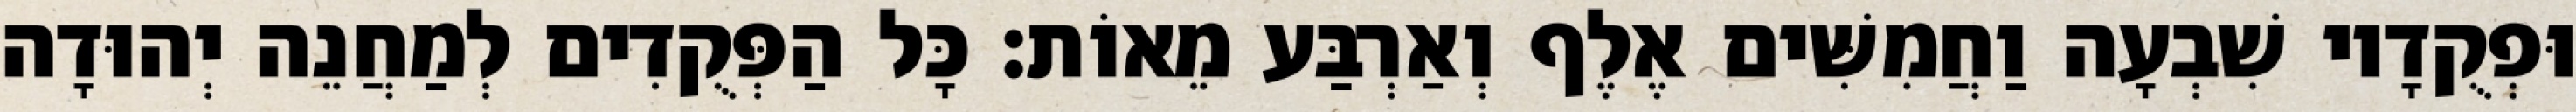
וּפְקֻדָיו שִׁבְעָה וַחֲמִשִּׁים אֶלֶף וְאַרְבַּע מֵאוֹת׃ כָּל הַפְּקֻדִים לְמַחֲנֵה יְהוּדָה